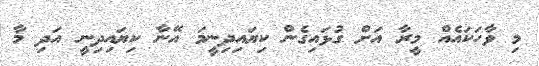
މި ވާހަކައެއް މީރާ އަށް ގުޅައިގެން ކިޔައިދިނީމަ އޭނާ ކިޔައިދިނީ އަދި މާ